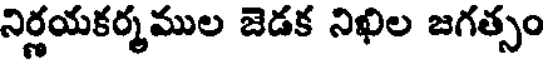
నిర్ణయకర్మముల జెడక నిఖిల జగత్సం